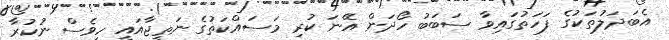
އެބަދަލުތަކުގެ ފަހަތުގައިވާ ސަބަބު ހޯދަން އޭނަ ކުރި މަސައްކަތުގެ ނަތީޖާއައީ ހީވެސް ނުކުރާ